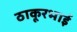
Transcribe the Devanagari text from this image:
ठाकूरभाई